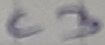
Text: C3